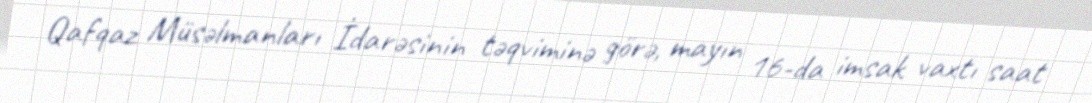
Qafqaz Müsəlmanları İdarəsinin təqviminə görə, mayın 16-da imsak vaxtı saat